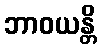
ဘာဝယန္တိ